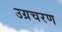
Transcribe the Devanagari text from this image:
उग्रचरण